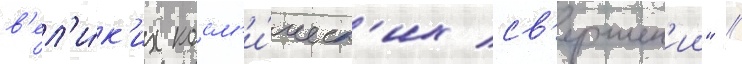
в'ел'и́к'их косм'и́ческ'их св'ершен'ии" //